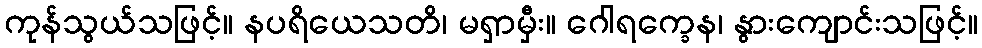
ကုန်သွယ်သဖြင့်။ နပရိယေသတိ၊ မရှာမှီး။ ဂေါရက္ခေန၊ နွားကျောင်းသဖြင့်။